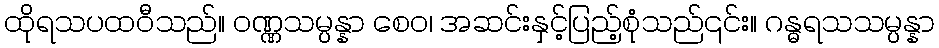
ထိုရသပထဝီသည်။ ဝဏ္ဏသမ္ပန္နာ စေဝ၊ အဆင်းနှင့်ပြည့်စုံသည်၎င်း။ ဂန္ဓရသသမ္ပန္နာ